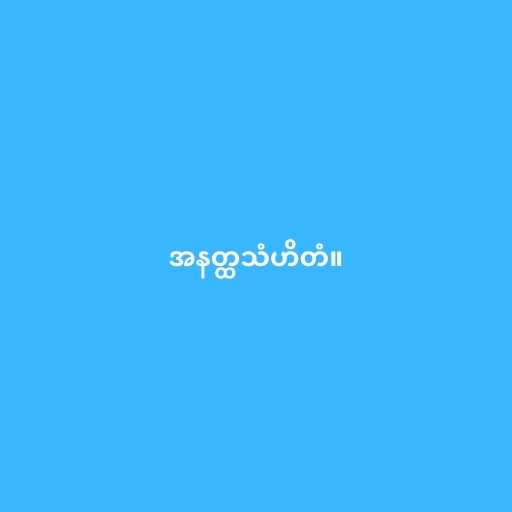
အနတ္ထသံဟိတံ။